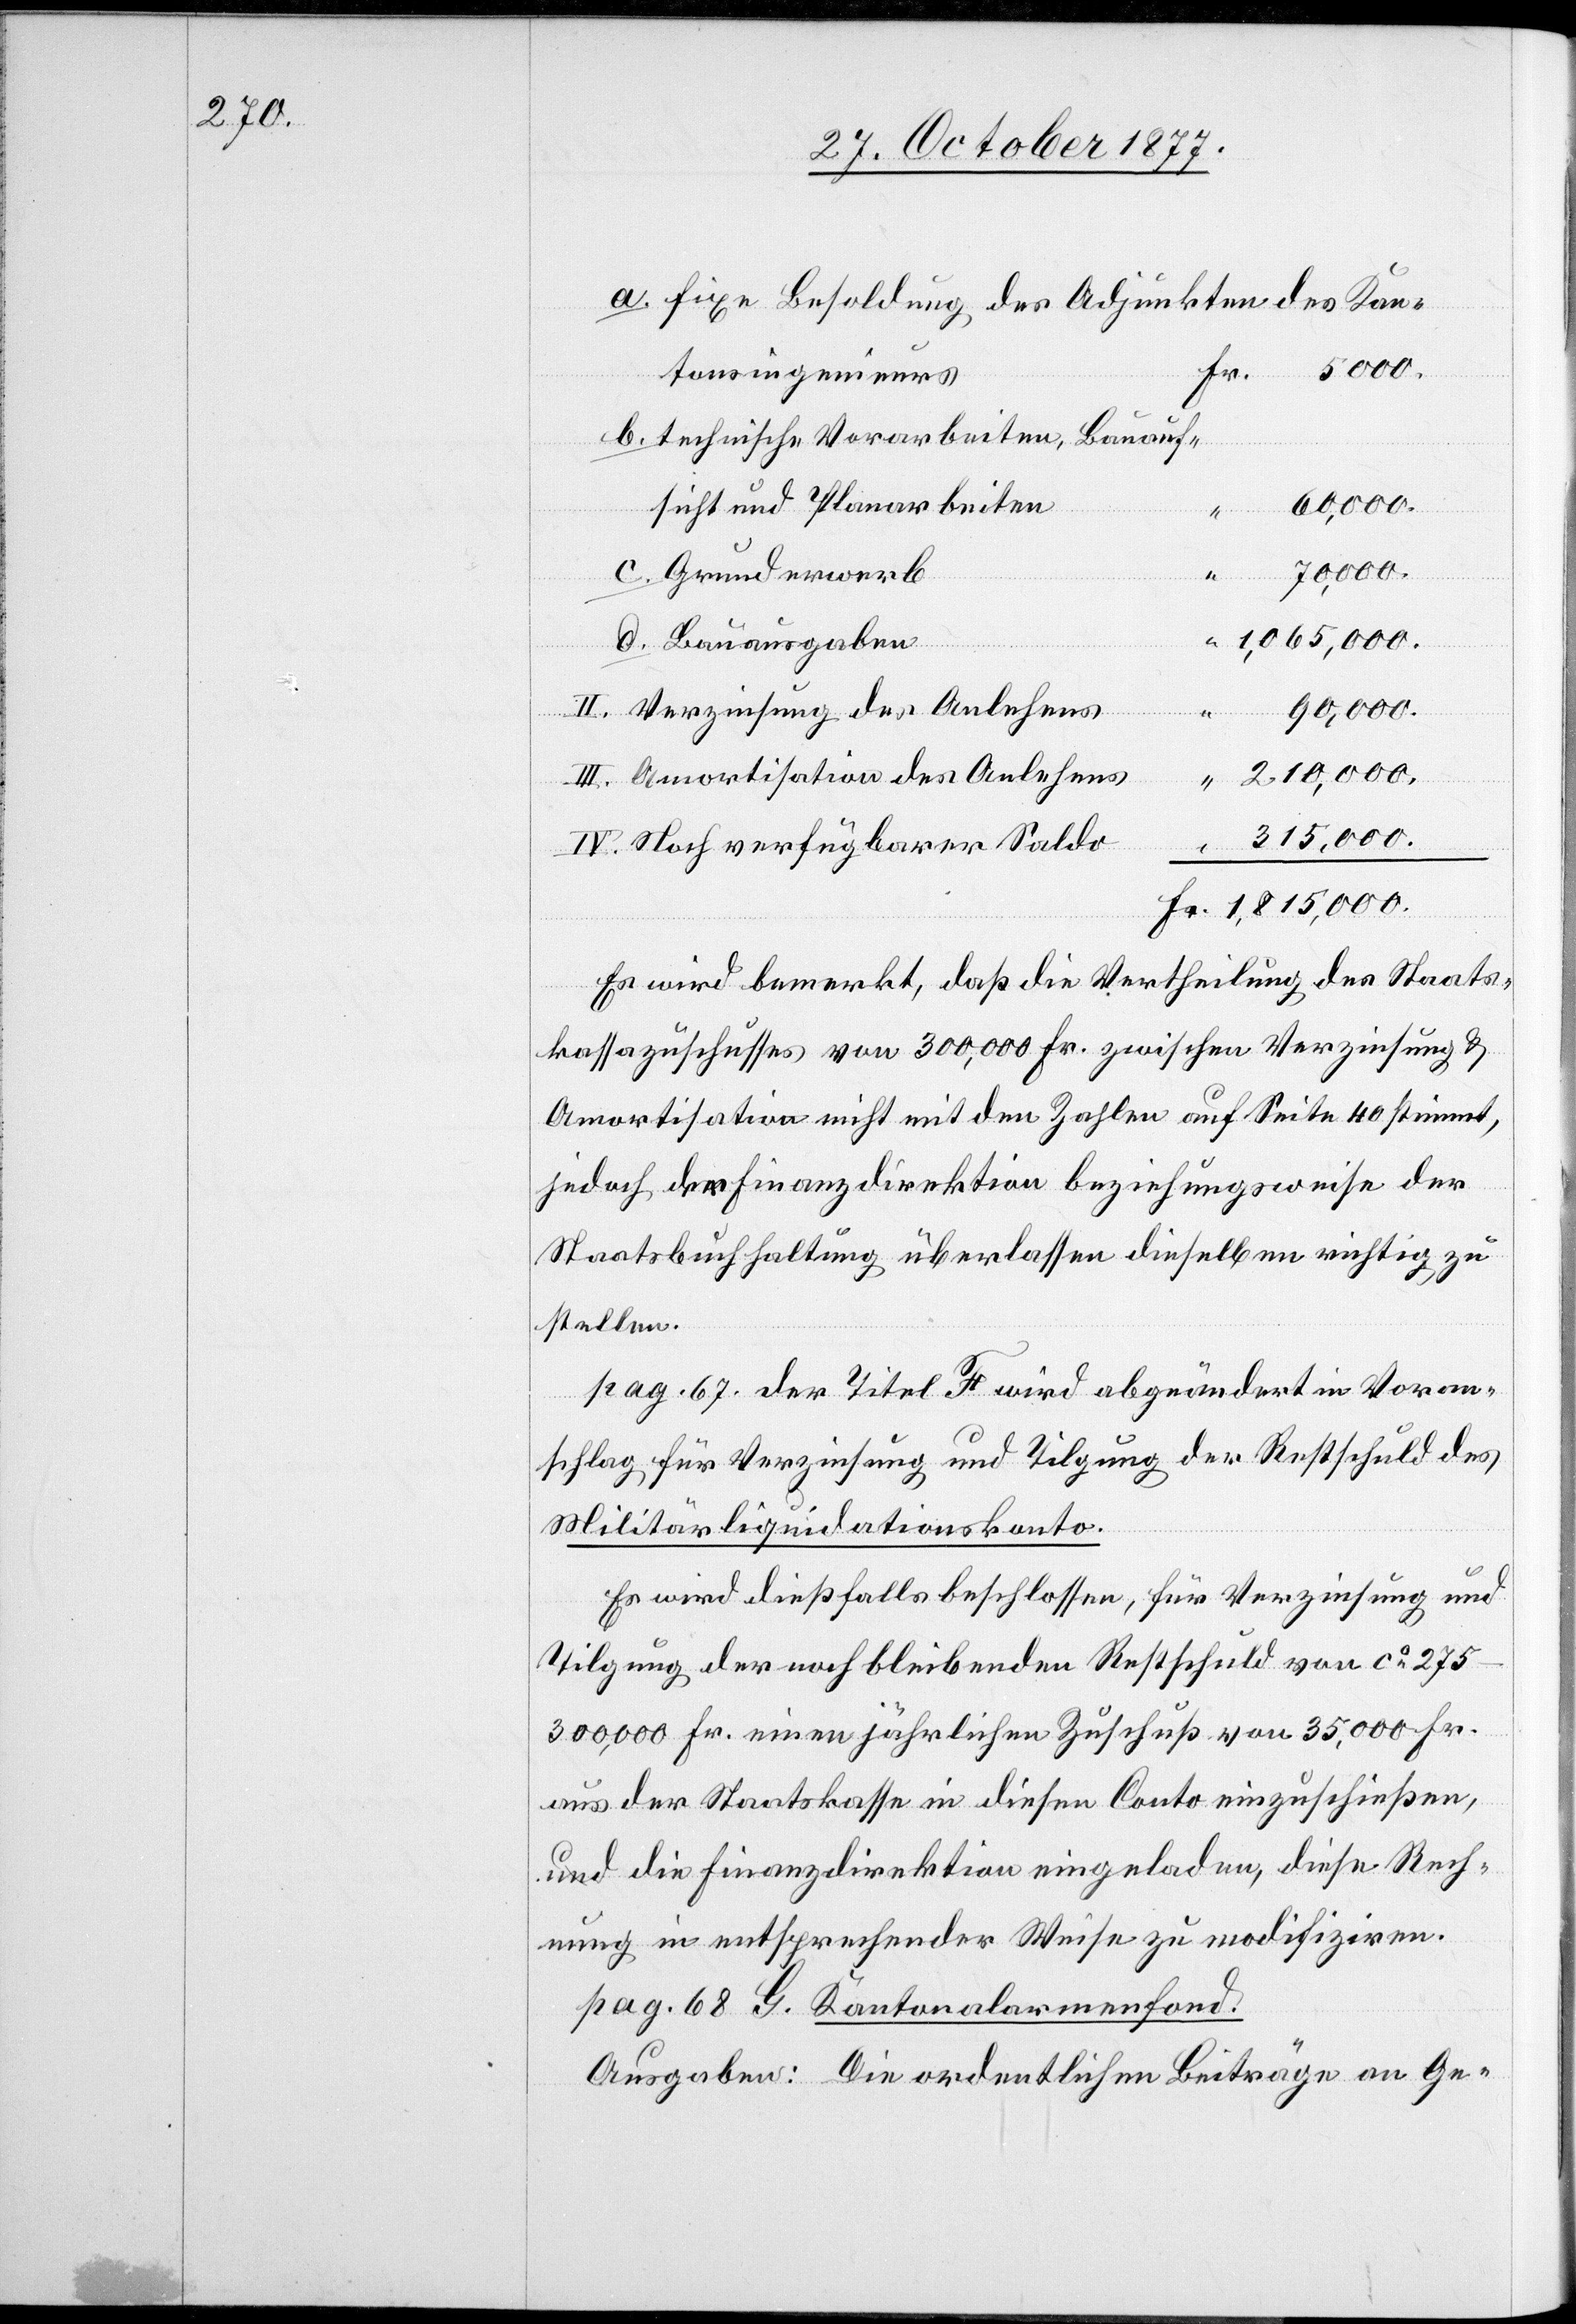
fixe Besoldung des Adjunkten des Kan¬
Fr.
5000.
tonsingenieurs
technische Vorarbeiten, Bauauf¬
60,000.
sicht und Planarbeiten
Grunderwerb
“ 1,065,000.
II. Verzinsung des Anlehens
90,000.
d.
III. Amortisation des Anlehens
315,000.
IV. Noch verfügbarer Saldo
Fr. 1,815,000.
Es wird bemerkt, daß die Vertheilung des Staats¬
b.
kassazuschusses von 300,000 Fr. zwischen Verzinsung &
Amortisation nicht mit den Zahlen auf Seite 40 stimmt,
jedoch der Finanzdirektion beziehungsweise der
Staatsbuchhaltung überlassen dieselben richtig zu
stellen.
pag. 67. der Titel F wird abgeändert in Voran¬
schlag für Verzinsung und Tilgung der Restschuld des
Militärliquidationskonto.
c.
Es wird dießfalls beschlossen, für Verzinsung und
Tilgung der noch bleibenden Restschuld von ca
275–300,000 Fr. einen jährlichen Zuschuß von 35,000 Fr.
aus der Staatskasse in diesen Conto einzuschießen,
und die Finanzdirektion eingeladen, diese Rech¬
nung in entsprechender Weise zu modifiziren.
pag. 68. G. Kantonalarmenfond.
Ausgaben: Die ordentlichen Beiträge an Ge-